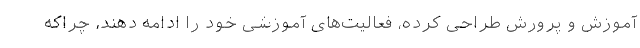
آموزش و پرورش طراحی کرده، فعالیت‌های آموزشی خود را ادامه دهند، چراکه